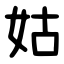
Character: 姑